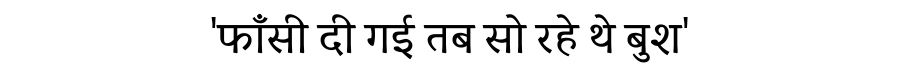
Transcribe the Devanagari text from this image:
'फाँसी दी गई तब सो रहे थे बुश'